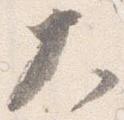
大